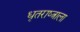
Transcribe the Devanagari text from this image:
धृतराष्त्राला